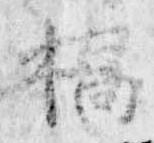
橋